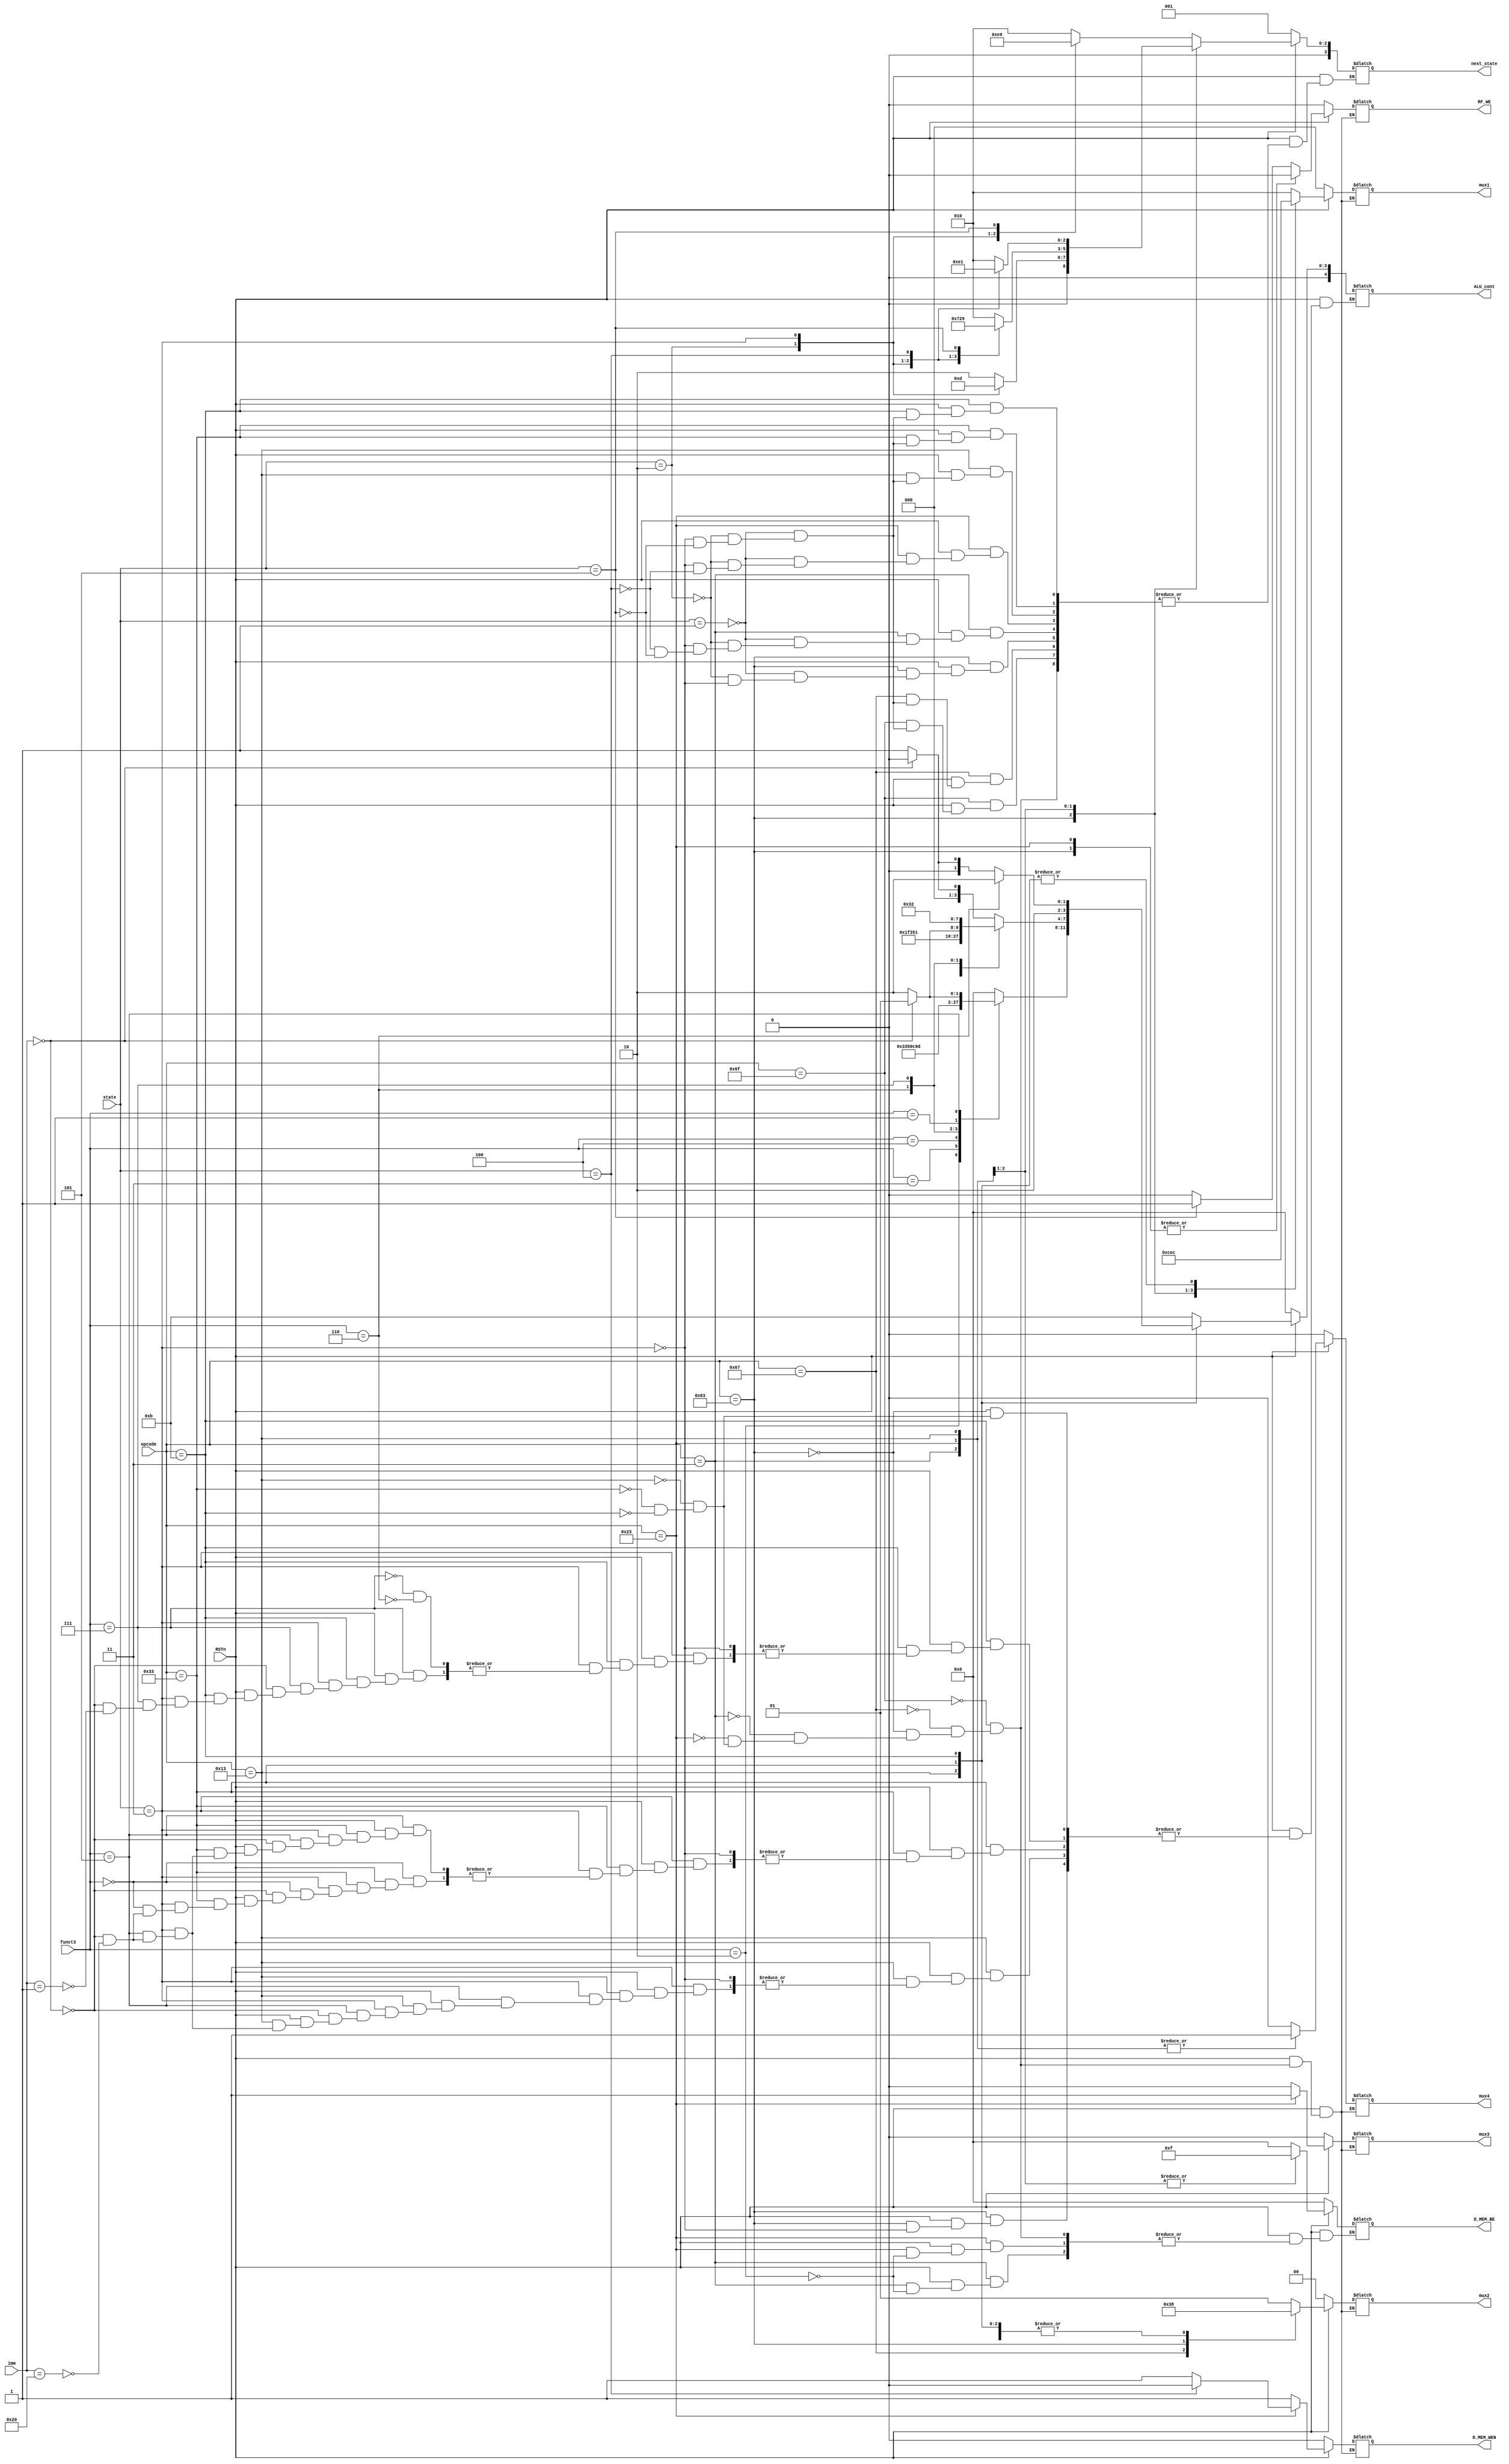
module control_flow(
    
    input wire RSTn,
    input wire [6:0] opcode,    //I_MEM_DI[6:0]
    input wire [2:0] funct3,    //I_MEM_DI[14:12]
    input wire [6:0] imm,       //I_MEM_DI[31:25]
    input wire [3:0] state,

    output reg [3:0] next_state,
    output reg RF_WE,          //Write-enable on Register FIle
    output reg D_MEM_WEN,      //Write-enable-negative on Data Memory
    output reg [3:0] D_MEM_BE,       //Byte-enable on Data Memory
    output reg [4:0] ALU_cont,        //ALU control

    output reg [2:0] mux1,
    output reg [1:0] mux2,
    output reg mux3,
    output reg mux4
);
	parameter IF  = 1;
	parameter ID  = 2;
	parameter EX  = 3;
	parameter MEM = 4;
	parameter WB  = 5;

    always @(*) begin
        if (~RSTn) begin
            next_state = IF;
            RF_WE = 0;
            D_MEM_WEN = 0;
            D_MEM_BE = 0;
            ALU_cont = 0;
            mux1 = 0;
            mux2 = 0;
            mux3 = 0;
            mux4 = 0;
        end else begin
            case (opcode)
                7'b1101111: begin   //JAL
                    RF_WE = 0;
                    D_MEM_WEN = 1;
                    D_MEM_BE = 0;

                    case (state)
                        IF: next_state = ID;
                        ID: next_state = EX;
                        EX: next_state = WB;
                        WB: begin next_state = IF; RF_WE = 1; end
                    endcase

                    mux1 = 2;
                    mux2 = 1;
                    mux3 = 0;
                    mux4 = 0;
                end
                7'b1100111: begin   //JALR
                    RF_WE = 0;
                    D_MEM_WEN = 1;
                    D_MEM_BE = 0;

                    case (state)
                        IF: next_state = ID;
                        ID: next_state = EX;
                        EX: next_state = WB;
                        WB: begin next_state = IF; RF_WE = 1; end
                    endcase

                    mux1 = 2;
                    mux2 = 3;
                    mux3 = 0;
                    mux4 = 0;
                end
                7'b1100011: begin   //B-type
                    RF_WE = 0;
                    D_MEM_WEN = 1;
                    D_MEM_BE = 0;

                    case (state)
                        IF: next_state = ID;
                        ID: next_state = EX;
                        EX: begin ALU_cont = 11; next_state = IF; end   // ALU_cont = 11 EX   branch false   !
                    endcase

                    mux1 = 6;
                    mux2 = 2;
                    mux3 = 0;
                    mux4 = 0;
                end
                7'b0000011: begin   //I-type Load (LW)
                    RF_WE = 0;
                    D_MEM_WEN = 1;
                    if (funct3 == 3'b010) D_MEM_BE = 15;

                    case (state)
                        IF: next_state = ID;
                        ID: next_state = EX;
                        EX: next_state = MEM;
                        MEM: next_state = WB;
                        WB: begin next_state = IF; RF_WE = 1; end
                    endcase

                    mux1 = 3;
                    mux2 = 0;
                    mux3 = 0;
                    mux4 = 1;
                end
                7'b0100011: begin   //S-type (SW)
                    RF_WE = 0;
                    D_MEM_WEN = 1;
                    if (funct3 == 3'b010) D_MEM_BE = 15;   //SW

                    case (state)
                        IF: next_state = ID;
                        ID: next_state = EX;
                        EX: next_state = MEM;
                        MEM: begin next_state = IF; D_MEM_WEN = 0; end
                    endcase

                    mux1 = 5;
                    mux2 = 0;
                    mux3 = 1;
                    mux4 = 1;
                end
                7'b0010011: begin   //I-type
                    RF_WE = 0;
                    D_MEM_WEN = 1;
                    D_MEM_BE = 0;
                    
                    case (state)
                        IF: next_state = ID;
                        ID: next_state = EX;
                        EX: begin
                            next_state = WB;
                            case(funct3)
                                3'b000: ALU_cont = 0; //ADDI
                                3'b010: ALU_cont = 12; //SLTI
                                3'b011: ALU_cont = 13; //SLTIU
                                3'b100: ALU_cont = 4; //XORI
                                3'b110: ALU_cont = 3; //ORI
                                3'b111: ALU_cont = 2; //ANDI
                                3'b001: ALU_cont = 7; //SLLI
                                3'b101: begin
                                    if (imm == 7'b0000000) ALU_cont = 5; //SRLI 
                                    else if (imm == 7'b0100000) ALU_cont = 6; //SRAI 
                                end
                            endcase
                        end
                        WB: begin next_state = IF; RF_WE = 1; end
                    endcase

                    mux1 = 4;
                    mux2 = 0;
                    mux3 = 0;
                    mux4 = 1;
                end
                7'b0110011: begin   //R-type
                    RF_WE = 0;
                    D_MEM_WEN = 1;
                    D_MEM_BE = 0;

                    case (state)
                        IF: next_state = ID;
                        ID: next_state = EX;
                        EX: begin
                            next_state = WB;
                            case(funct3)
                                3'b000: begin
                                    if (imm == 7'b0000000) ALU_cont = 0; //ADD
                                    else if (imm == 7'b0100000) ALU_cont = 1; //SUB
                                end 
                                3'b001: ALU_cont = 7; //SLL
                                3'b010: ALU_cont = 12; //SLT
                                3'b011: ALU_cont = 13; //SLTU
                                3'b100: ALU_cont = 4; //XOR
                                3'b101: begin
                                    if (imm == 7'b0000000) ALU_cont = 5; //SRL
                                    else if (imm == 7'b0100000) ALU_cont = 6; //SRA
                                end
                                3'b110: ALU_cont = 3; //OR
                                3'b111: ALU_cont = 2; //AND
                            endcase
                        end
                        WB: begin next_state = IF; RF_WE = 1; end
                    endcase

                    mux1 = 4;
                    mux2 = 0;
                    mux3 = 0;
                    mux4 = 0;
                end
                7'b0001011: begin   //MULT, MODULO, IS_EVEN
                    RF_WE = 0;
                    D_MEM_WEN = 1;
                    D_MEM_BE = 0;
                    
                    case (state)
                        IF: next_state = ID;
                        ID: next_state = EX;
                        EX: begin
                            next_state = WB;
                            case(funct3)
                                3'b111: begin
                                    if (imm == 7'b0000000) ALU_cont = 8;   //MULT
                                    else if (imm == 7'b0000001) ALU_cont = 9;  //MODULO
                                end
                                3'b110: ALU_cont = 10;  //IS_EVEN
                            endcase
                        end
                        WB: begin next_state = IF; RF_WE = 1; end
                    endcase

                    mux1 = 4;
                    mux2 = 0;
                    mux3 = 0;
                    mux4 = 0;
                end
            endcase
        end
    end

endmodule